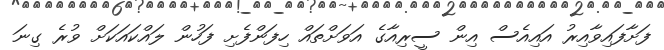
ފަށާފައިވާއިރު އައިއެސް އިން ސީރިއާގެ އަވަށްތައް ހިފަންފެށި ފަހުން ލައްކައަކަށް ވުރެ ގިނަ